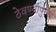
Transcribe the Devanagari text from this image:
ठेवण्यापुरता